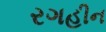
રગહીન